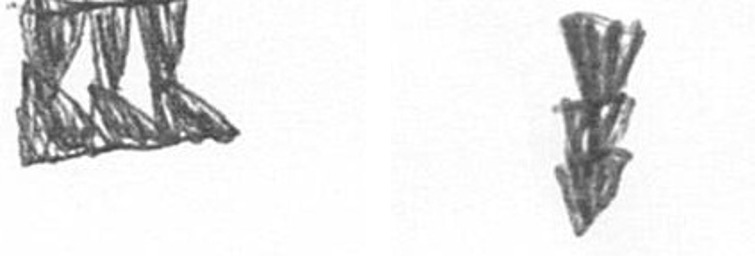
D E